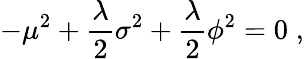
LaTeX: -\mu^{2}+\frac{\lambda}{2}\sigma^{2}+\frac{\lambda}{2}\phi^{2}=0\; ,